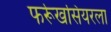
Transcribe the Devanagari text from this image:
फर्रूखसियरला